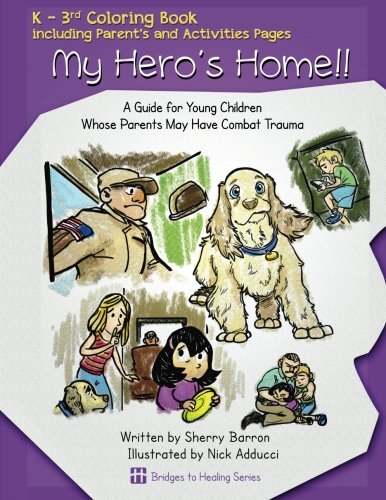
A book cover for My Hero's Home!!: A Guide for Young Children Whose Parents May Have Combat Trauma (Bridges To Healing Series); Sherry Barron; Parenting & Relationships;